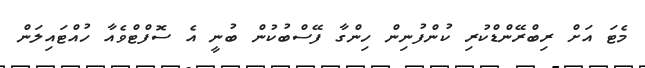
މެޓަ އަށް ރިބްރޭންޑްކުރި ކުންފުނިން ހިންގާ ފޭސްބުކުން ބުނީ އެ ސޮފްޓްވެއާ ހުއްޓައިލަން